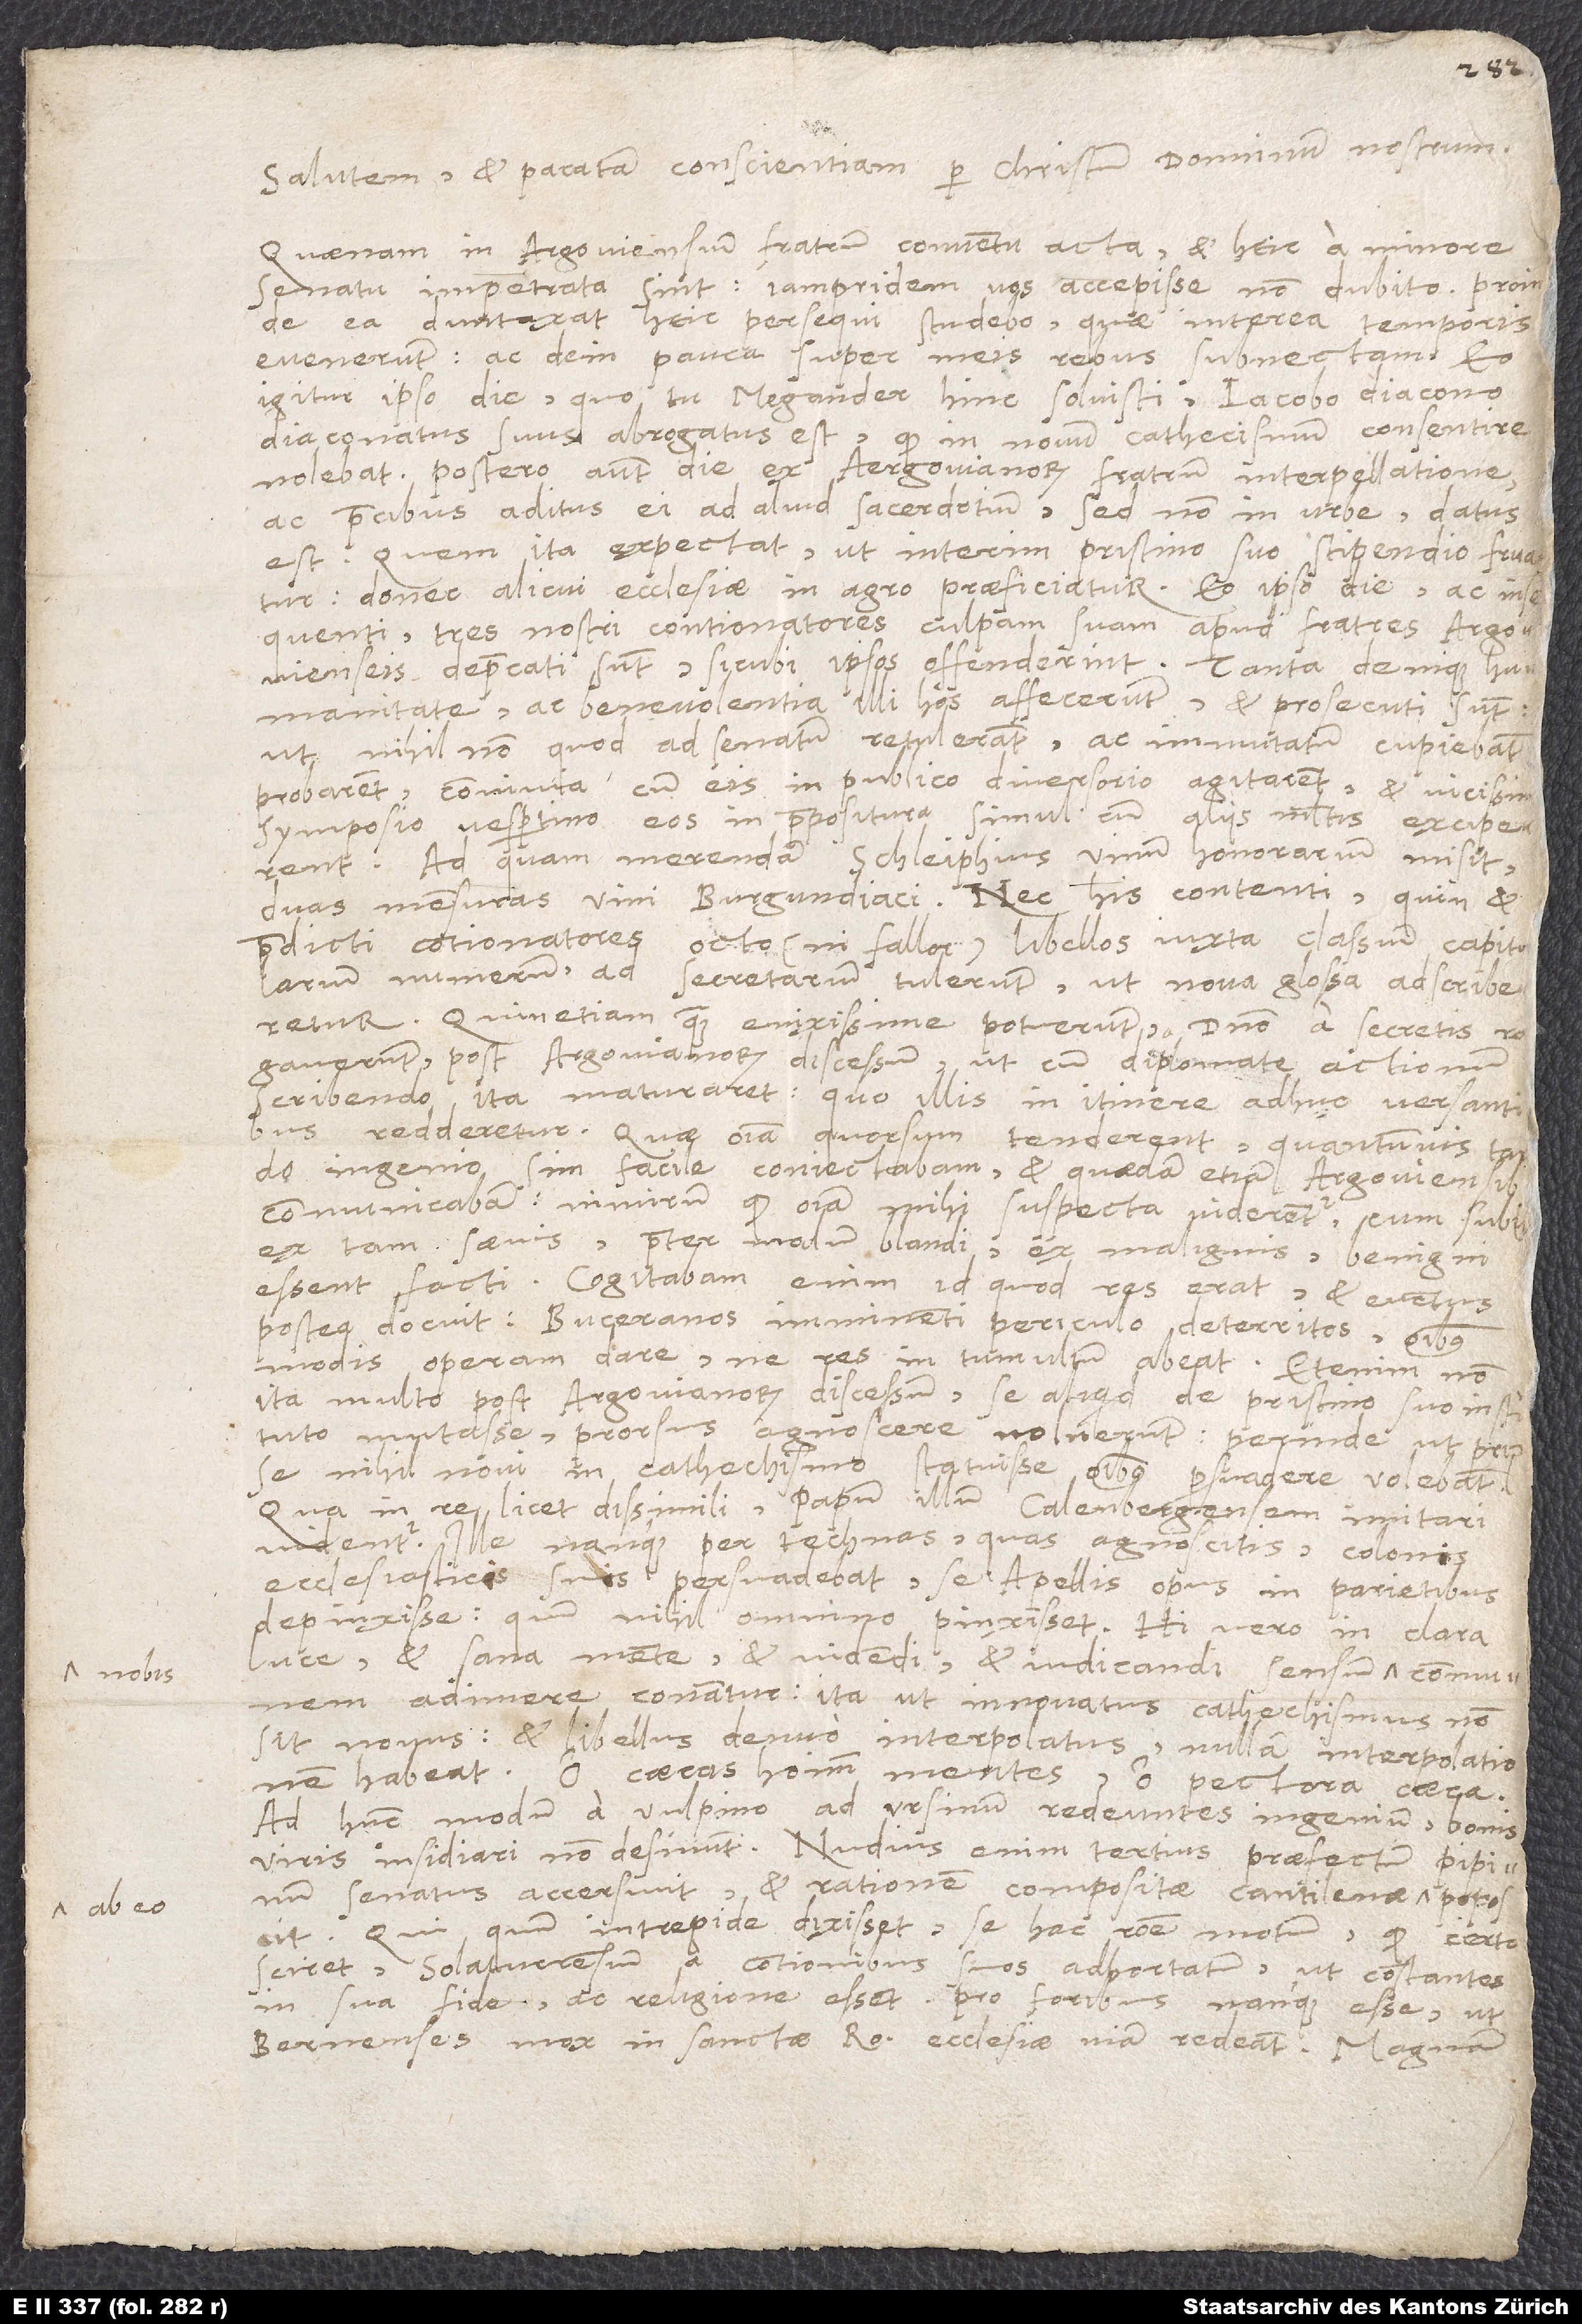
nobis
ab eo

Salutem et pacatam conscientiam per Christum, dominum nostrum.
Quaenam in Argoviensium fratrum conventu acta et heic a minore
senatu impetrata sint, iampridem vos accepisse non dubito. Proinde
ea duntaxat heic persequi studebo, quae interea temporis
evenerunt, ac dein pauca super meis rebus subnectam. Eo
igitur ipso die, quo tu, Megander, hinc solvisti, Iacobo diacono
diaconatus suus abrogatus est, quod in novum cathechismum consentire
nolebat. Postero autem die ex Aergovianorum fratrum interpellatione
ac precibus aditus ei ad aliud sacerdotium, sed non in urbe, datus
est. Quem ita expectat, ut interim pristino suo stipendio fruatur,
donec alicui ecclesiae in agro praeficiatur. Eo ipso die ac insequenti
tres nostri contionatores culpam suam apud fratres Argovienseis
deprecati sunt, sicubi ipsos offenderint. Tanta denique humanitate
ac benevolentia illi hos affecerunt et prosecuti sunt,
ut nihil non, quod ad senatum retulerant ac immutatum cupiebant,
probarent, convivia cum eis in publico diversorio agitarent et vicissim
symposio vespertino eos in praepositura simul cum aliis multis exciperent.
Ad quam merendam Schleiphius vinum honorarium misit,
duas mensuras vini Burgundiaci. Nec his contenti, quin et
praedicti contionatores octo (ni fallor) libellos iuxta classium capitularium
numerum ad secretarium tulerunt, ut nova glossa adscriberetur.
Quin etiam, quam enixissime potuerunt, a domino a secretis
rogaverunt post Argovianorum discessum, ut cum diplomate actionum
scribendo ita maturaret, quo illis in itinere adhuc versantibus
redderetur. Quae omnia quorsum tenderent, quantumvis tardo
ingenio sim, facile coniectabam et quaedam etiam Argoviensibus
communicabam, nimirum quod omnia mihi suspecta viderentur, cum subito
ex tam saevis praeter modum blandi, ex malignis benigni
essent facti. Cogitabam enim - id quod res erat et eventus
postea docuit - Buceranos imminenti periculo deterritos omnibus
modis operam dare, ne res in tumultum abeat; etenim non
ita multo post Argovianorum discessum se aliquid de pristino suo instituto
mutasse prorsus agnoscere noluerunt, perinde ut prius
se nihil novi in cathechismo statuisse omnibus persuadere volebant.
Qua in re licet dissimili papum illum Calenbergensem imitari
videntur; ille nanque per technas, quas agnoscitis, colonis
ecclesiasticis suis persuadebat se Apellis opus in parietibus
depinxisse, quum nihil omnino pinxisset. Hi vero in clara
luce et sana mente et videndi et iudicandi sensum
adimere conantur, ita ut innovatus cathechismus non
sit novus et libellus denuo interpolatus nullam interpolationem
habeat. O caecas hominum mentes, o pectora caeca!
Ad hunc modum a vulpino ad ursinum redeuntes ingenium bonis
viris insidiari non desinunt. Nudius enim tertius praefectum Pipinum
senatus accersivit et rationem compositae cantilenae
Qui quum intrepide dixisset se hac ratione motum, quod certo
sciret Solaturensium a contionibus suos adhortatum, ut constantes
in sua fide ac religione essent, pro foribus nanque esse, ut
Bernenses mox in sanctae Romanae ecclesiae viam redeant, magnam